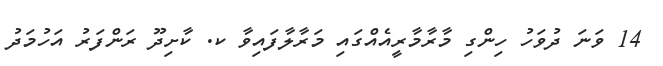
14 ވަނަ ދުވަހު ހިންގި މާރާމާރީއެއްގައި މަރާލާފައިވާ ކ. ކާށިދޫ ރަންފަރު އަހުމަދު